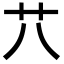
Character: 䒔